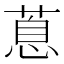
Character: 蒠